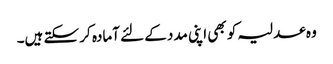
وہ عدلیہ کو بھی اپنی مدد کے لئے آمادہ کر سکتے ہیں۔